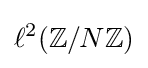
\ell ^{2}(\mathbb {Z} /N\mathbb {Z} )